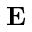
\mathbf E